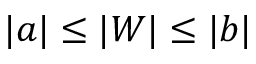
\vert a \vert \le \vert W \vert \le \vert b \vert